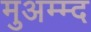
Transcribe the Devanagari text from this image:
मुअम्म्द